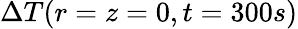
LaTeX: \Delta T(r=z=0,t=300s)